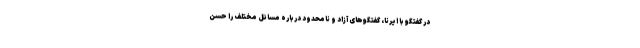
در گفتگو با ایرنا، گفتگوهای آزاد و نامحدود درباره مسائل مختلف را حسن